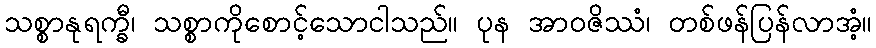
သစ္စာနုရက္ခီ၊ သစ္စာကိုစောင့်သောငါသည်။ ပုန အာဝဇိဿံ၊ တစ်ဖန်ပြန်လာအံ့။